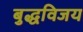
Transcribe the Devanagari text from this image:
बुद्धविजय